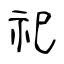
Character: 祀